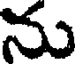
ను